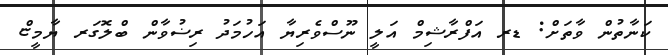
ކަނާތުން ވާތަށް: ޑރ އަފްރާޝިމް އަލީ ނޫސްވެރިޔާ އަހުމަދު ރިޟުވާން ބްލޮގަރ ޔާމީޏް